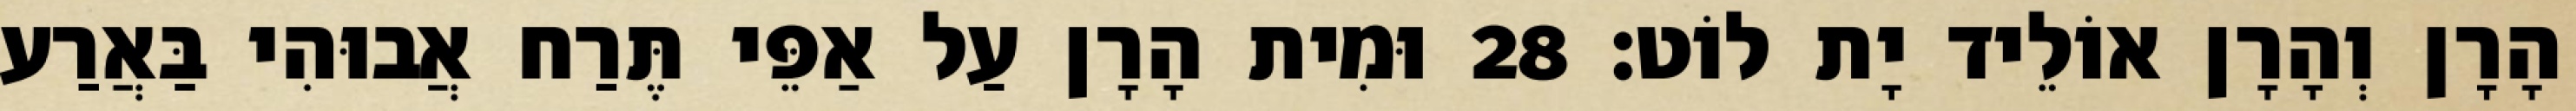
הָרָן וְהָרָן אוֹלֵיד יָת לוֹט׃ 28 וּמִית הָרָן עַל אַפֵּי תֶּרַח אֲבוּהִי בַּאֲרַע